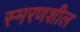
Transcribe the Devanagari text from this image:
स्मरणशील